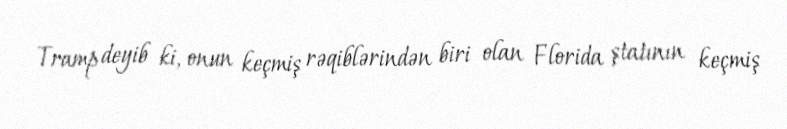
Tramp deyib ki, onun keçmiş rəqiblərindən biri olan Florida ştatının keçmiş